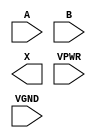
module sky130_fd_sc_hs__or2 (
    //# {{data|Data Signals}}
    input  A   ,
    input  B   ,
    output X   ,

    //# {{power|Power}}
    input  VPWR,
    input  VGND
);
endmodule